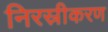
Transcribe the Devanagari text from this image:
निरस्रीकरण